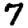
Digit: 7